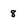
Character: 8